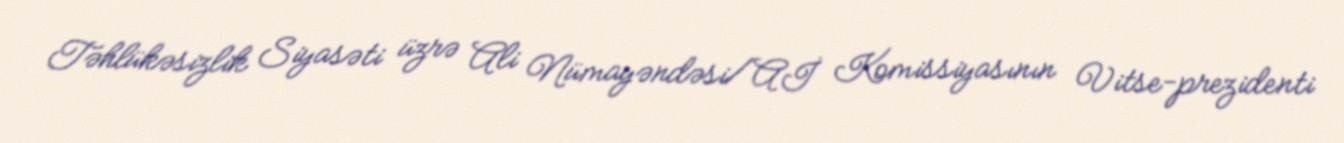
Təhlükəsizlik Siyasəti üzrə Ali Nümayəndəsi/Aİ Komissiyasının Vitse-prezidenti